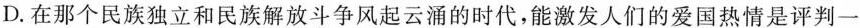
D.在那个民族独立和民族解放斗争风起云涌的时代，能激发人们的爱国热情是评判一